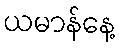
ယမာန်နေ့